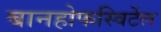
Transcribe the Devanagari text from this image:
बानहोफस्विर्टेल